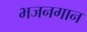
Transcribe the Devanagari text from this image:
भजनगान